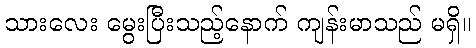
သားလေး မွေးပြီးသည့်နောက် ကျန်းမာသည် မရှိ။